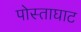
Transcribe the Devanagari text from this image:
पोस्ताघाट